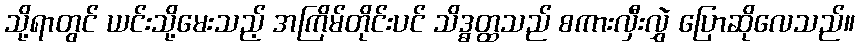
သို့ရာတွင် ယင်းသို့မေးသည့် အကြိမ်တိုင်းပင် သိဒ္ဓတ္ထသည် စကားလှီးလွှဲ ပြောဆိုလေသည်။